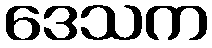
ဒေသက